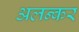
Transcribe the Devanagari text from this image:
अलन्कर